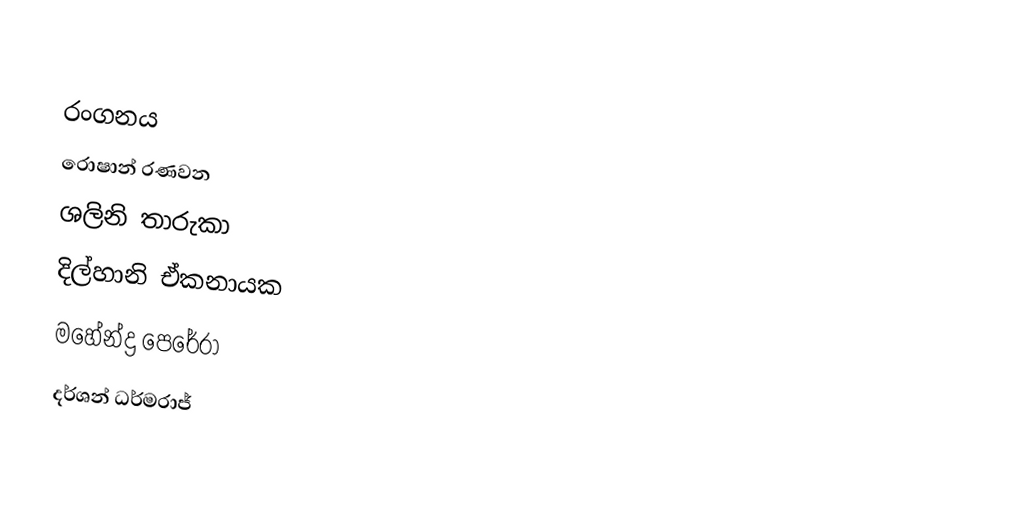

රංගනය
රොෂාන් රණවන
ශලිනි තාරුකා
දිල්හානි ඒකනායක
මහේන්ද්‍ර පෙරේරා
දර්ශන් ධර්මරාජ්